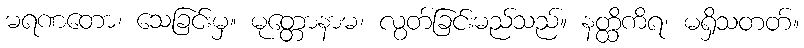
မရဏတော၊ သေခြင်းမှ။ မုတ္တောနာမ၊ လွတ်ခြင်းမည်သည်။ နတ္ထိကိရ၊ မရှိသတတ်။